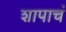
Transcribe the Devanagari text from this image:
शापाचं